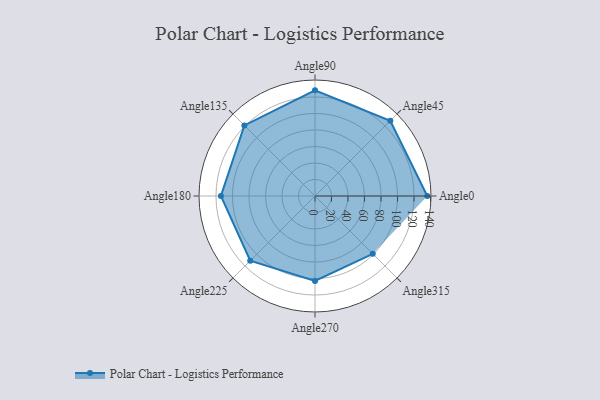
{"axis": {"x": "Angle", "y": "Radius"}, "legend": [""], "data": [{"x": "Angle0", "y": 136.0, "type": ""}, {"x": "Angle45", "y": 129.0, "type": ""}, {"x": "Angle90", "y": 128.0, "type": ""}, {"x": "Angle135", "y": 121.0, "type": ""}, {"x": "Angle180", "y": 114.0, "type": ""}, {"x": "Angle225", "y": 111.0, "type": ""}, {"x": "Angle270", "y": 103.0, "type": ""}, {"x": "Angle315", "y": 99.0, "type": ""}]}